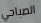
الصباحي